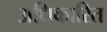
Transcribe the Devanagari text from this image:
अधिकारित